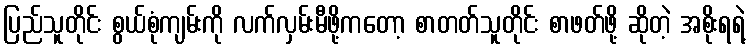
ပြည်သူတိုင်း စွယ်စုံကျမ်းကို လက်လှမ်းမီဖို့ကတော့ စာတတ်သူတိုင်း စာဖတ်ဖို့ ဆိုတဲ့ အစိုးရရဲ့